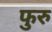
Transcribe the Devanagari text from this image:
फुरु